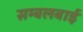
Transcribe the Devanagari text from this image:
सम्बलबाई